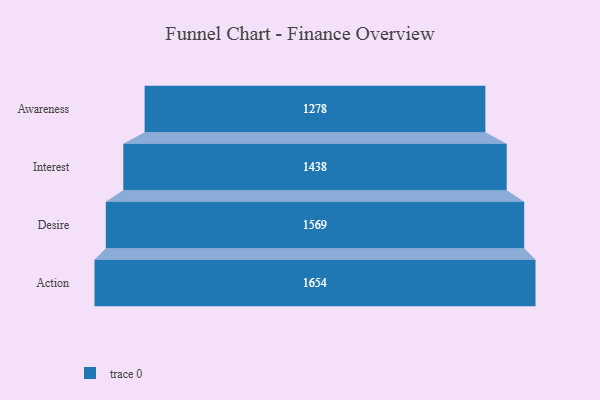
{"axis": {"x": "Stage", "y": "Value"}, "legend": [""], "data": [{"x": "Awareness", "y": 1278.0, "type": ""}, {"x": "Interest", "y": 1438.0, "type": ""}, {"x": "Desire", "y": 1569.0, "type": ""}, {"x": "Action", "y": 1654.0, "type": ""}]}